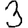
Digit: 3